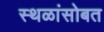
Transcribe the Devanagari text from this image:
स्थळांसोबत